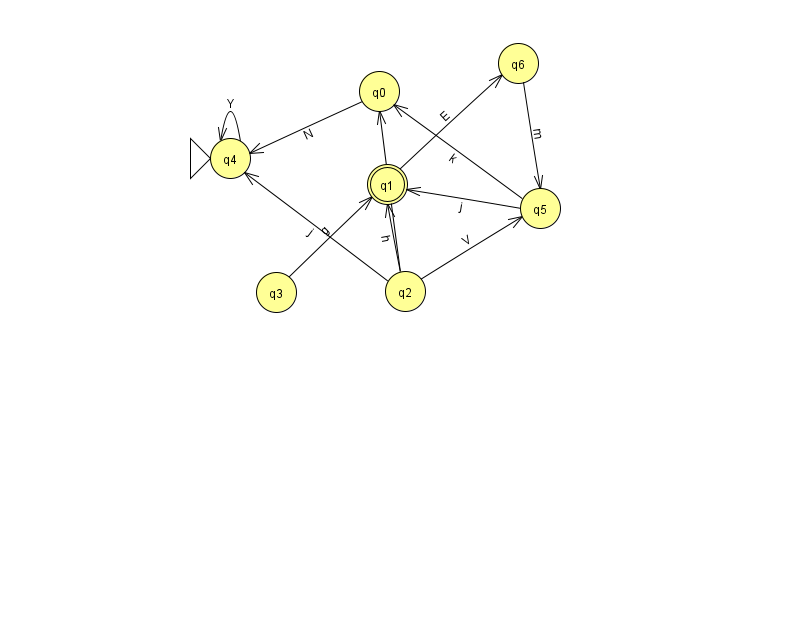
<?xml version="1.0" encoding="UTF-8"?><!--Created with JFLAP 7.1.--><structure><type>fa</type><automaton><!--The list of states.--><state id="0" name="q0"><x>379.0</x><y>78.0</y></state><state id="1" name="q1"><x>387.0</x><y>171.0</y><final/></state><state id="2" name="q2"><x>405.0</x><y>278.0</y></state><state id="3" name="q3"><x>276.0</x><y>279.0</y></state><state id="4" name="q4"><x>230.0</x><y>145.0</y><initial/></state><state id="5" name="q5"><x>540.0</x><y>195.0</y></state><state id="6" name="q6"><x>518.0</x><y>50.0</y></state><!--The list of transitions.--><transition><from>2</from><to>5</to><read>V</read></transition><transition><from>2</from><to>1</to><read>h</read></transition><transition><from>2</from><to>4</to><read>j</read></transition><transition><from>3</from><to>1</to><read>g</read></transition><transition><from>5</from><to>1</to><read>j</read></transition><transition><from>0</from><to>4</to><read>N</read></transition><transition><from>6</from><to>5</to><read>m</read></transition><transition><from>4</from><to>4</to><read>Y</read></transition><transition><from>2</from><to>0</to><read>K</read></transition><transition><from>5</from><to>0</to><read>k</read></transition><transition><from>1</from><to>6</to><read>E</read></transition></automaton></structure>